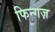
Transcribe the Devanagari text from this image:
फिन्गज़